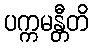
ပက္ကမန္တီတိ